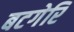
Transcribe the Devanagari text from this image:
बटगेरि